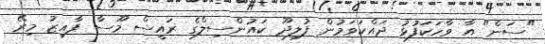
"ސަން" އާ ވާހަކަފުޅު ދައްކަވަމުން ފުލިދޫ ކައުންސިލްގެ ރައީސް މޫސާ ފާއިޒު މިރޭ